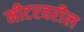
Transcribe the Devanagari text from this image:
मीटरवरील